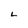
Character: L